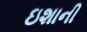
ઇશાની